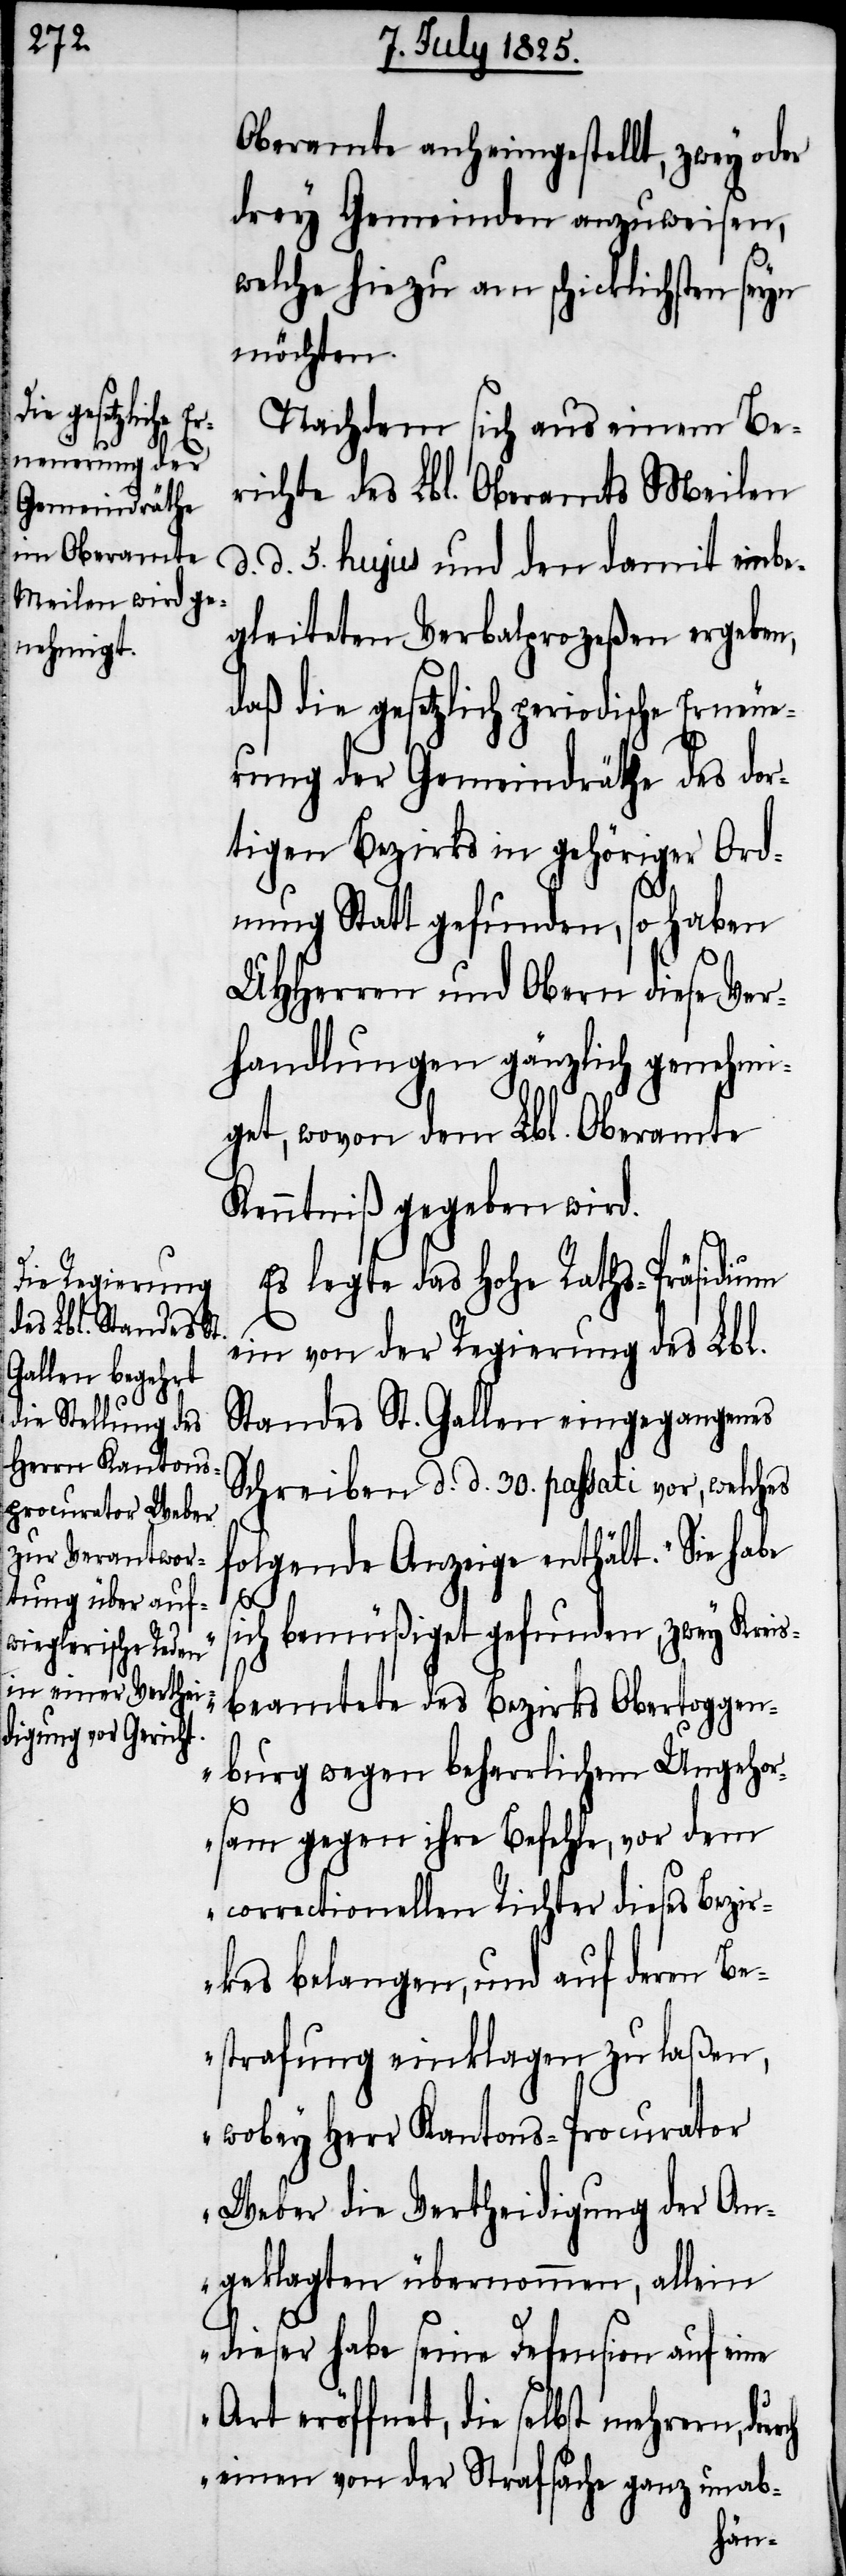
Oberamte anheimgestellt, zwey oder
drey Gemeinden anzuweisen,
welche hiezu am schicklichsten seyn
möchten.
Nachdem sich aus einem Be¬
richte des Lbl. Oberamts Meilen
d. d. 5. hujus und den damit einbe¬
gleiteten Verbalprozeßen ergeben,
daß die gesetzlich periodische Erneue¬
rung der Gemeindräthe des dor¬
tigen Bezirks in gehöriger Ord¬
nung Statt gefunden, so haben
UHHerren und Obern diese Ver¬
handlungen gänzlich genehmi¬
get, wovon dem Lbl. Oberamte
Kenntniß gegeben wird.
Es legte das hohe Raths-Präsidium
ein von der Regierung des Lbl.
Standes St. Gallen eingegangenes
Schreiben d. d. 30. passati vor, welches
folgende Anzeige enthält: „Sie habe
s¬
ich bemüßiget gefunden, zwey Kreis¬
beamtete des Bezirks Obertoggen¬
burg wegen beharrlichem Ungehor¬
sam gegen ihre Befehle, vor dem
correctionellen Richter dieses Bezir¬
kes belangen, und auf deren Be¬
strafung einklagen zu laßen,
wobey Herr Kantons-Procurator
Weber die Vertheidigung der An¬
geklagten übernommen, allein
dieser habe seine Defension auf eine
Art eröffnet, die selbst mehrern, durch
einen von der Strafsache ganz unab-